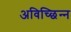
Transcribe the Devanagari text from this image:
अविच्छिन्‍न